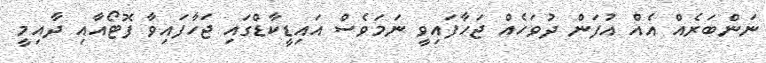
ނަންބަރެއް އެއް އުފަން ދުވަހެއް ޖަހާފައިވީ ނަމަވެސް އައިޑީކާޑްގައި ޖަހާފައިވާ ފޮޓޯއާއި ދާއިމީ